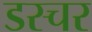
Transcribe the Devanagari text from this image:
डस्चर